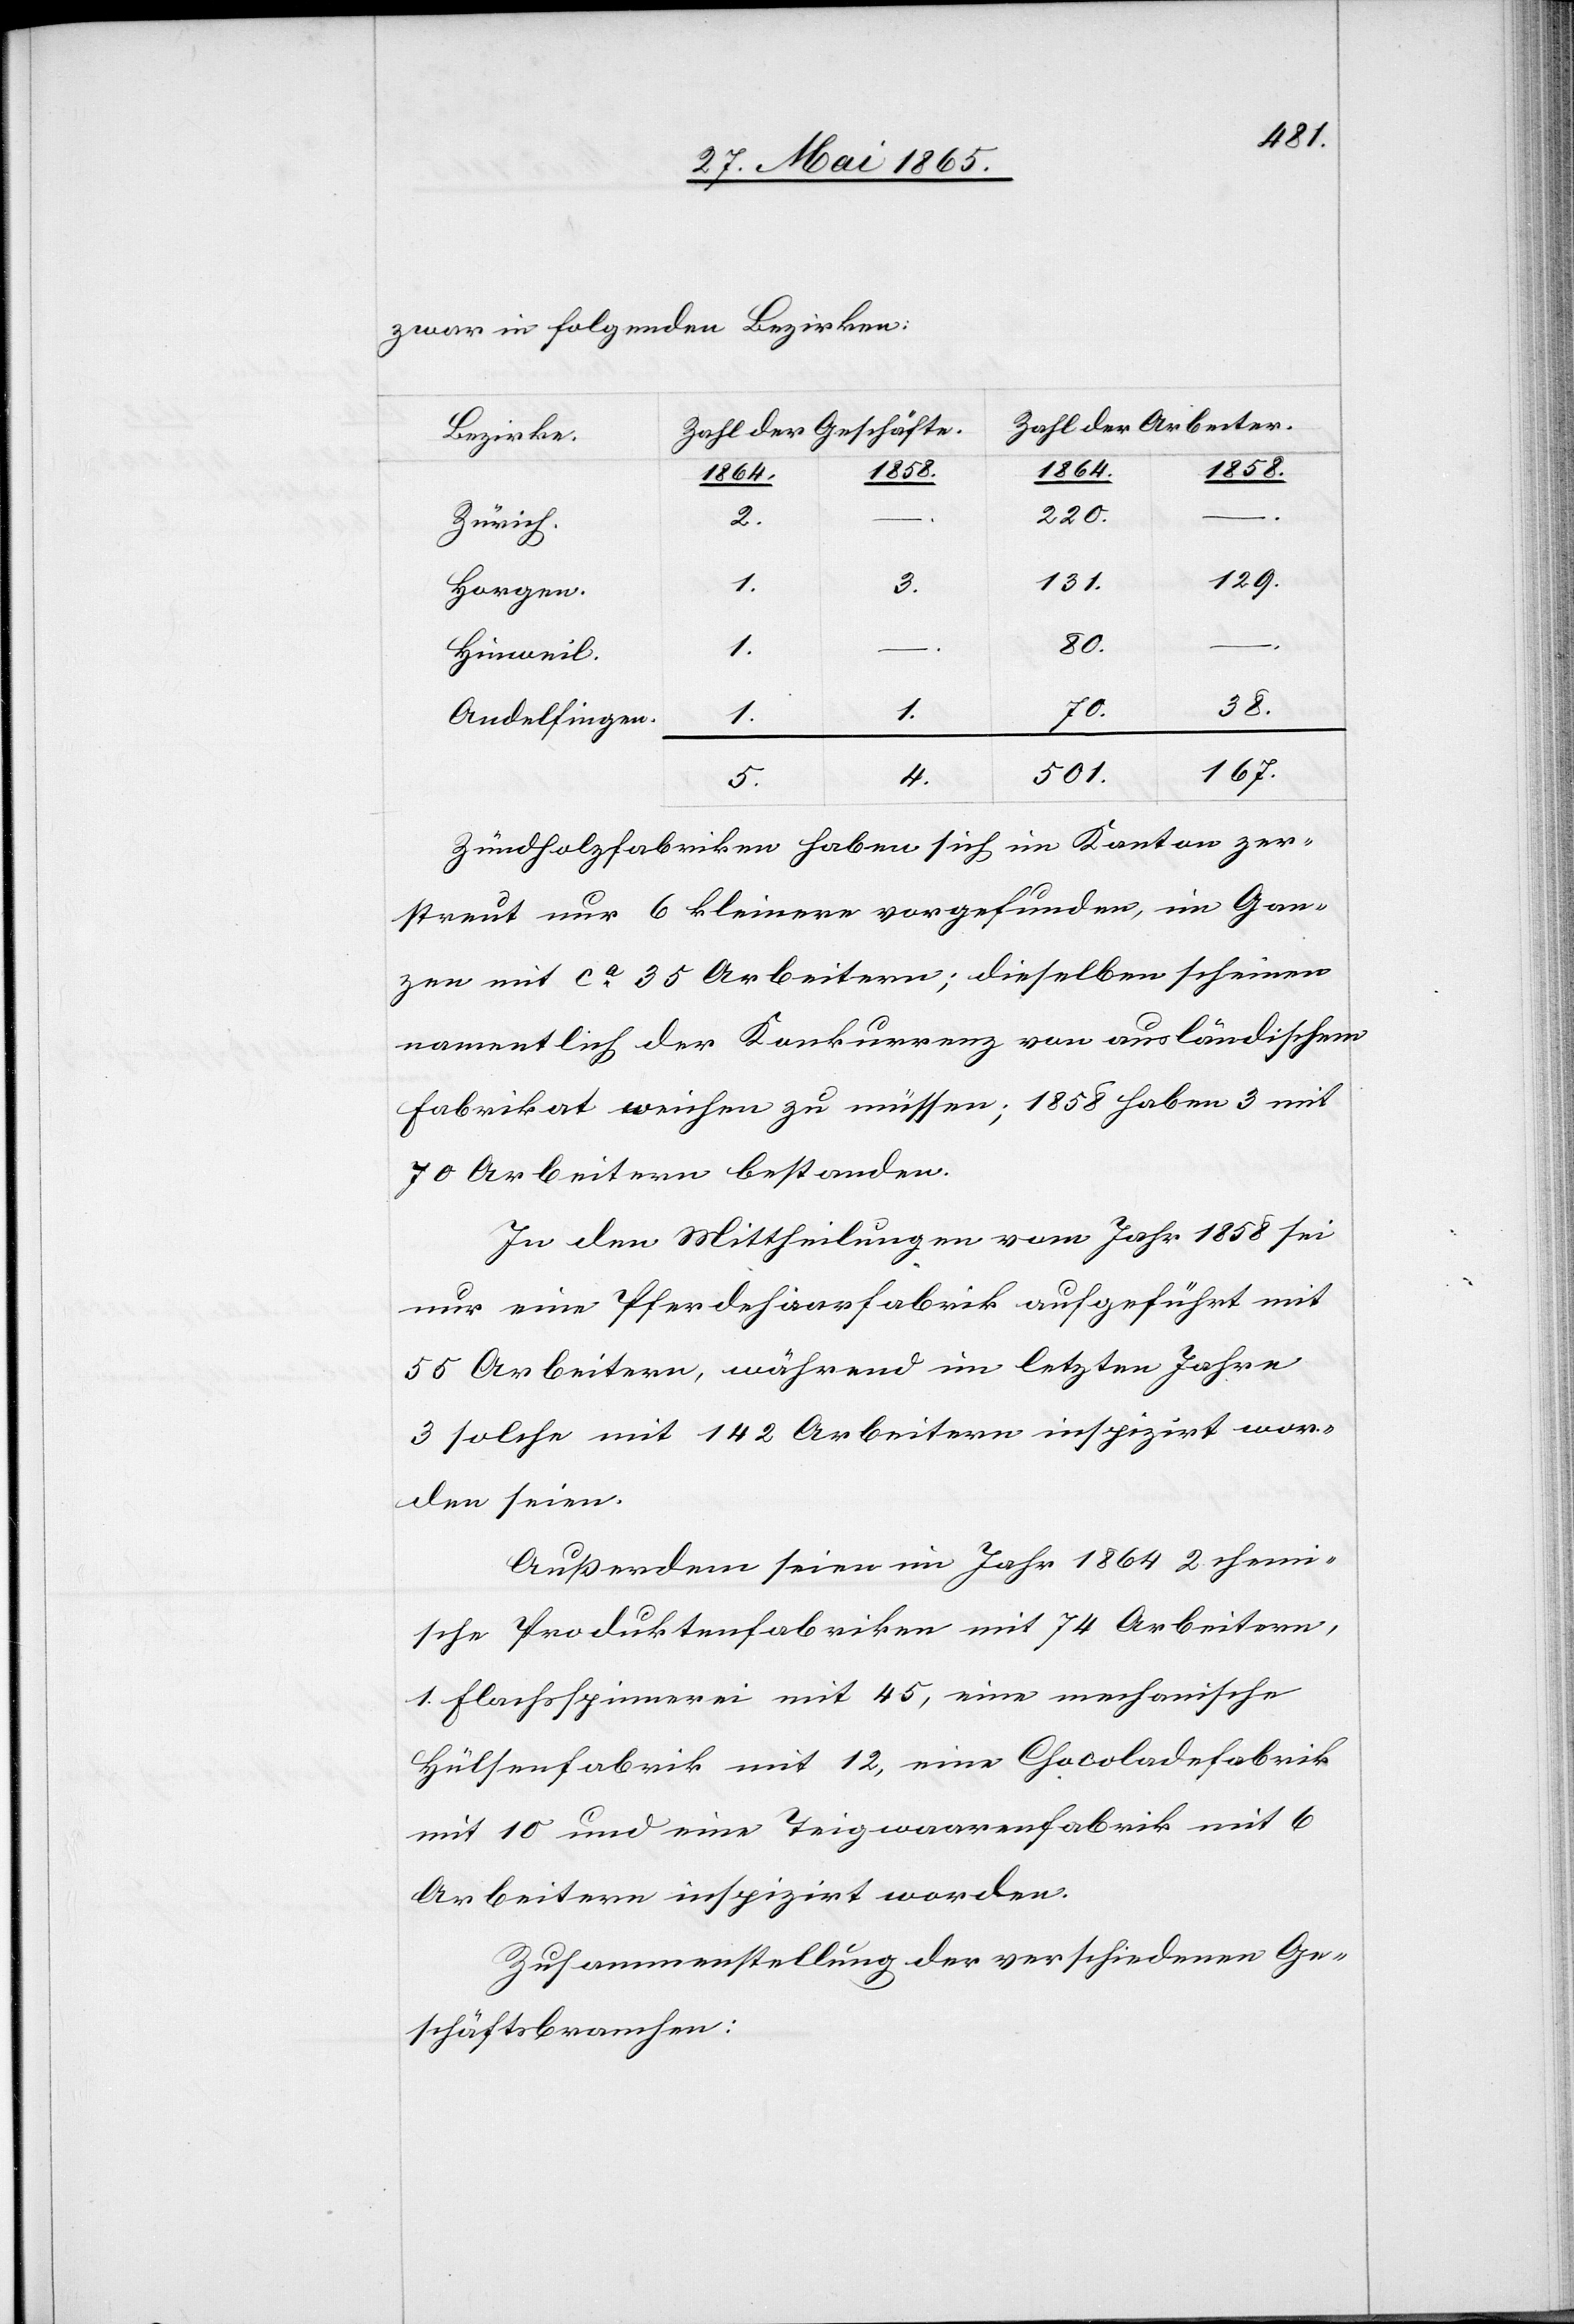
zwar in folgenden Bezirken:
Zahl der Arbeiter.
Zahl der Geschäfte.
Bezirke.
1864.
1858.
220.
2.
Zürich.
129.
131.
1.
3.
Horgen.
1.
Hinweil.
38.
12,
4.
1.
Andelfingen.
167.
501.
Zündholzfabriken haben sich im Kanton zer¬
streut nur 6 kleinere vorgefunden, im Gan¬
zen mit ca 35 Arbeitern; dieselben scheinen
namentlich der Konkurrenz von ausländischem
Fabrikat weichen zu müssen; 1858 haben 3 mit
70 Arbeitern bestanden.
In den Mittheilungen vom Jahr 1858 sei
nur eine Pferdehaarfabrik aufgeführt mit
55 Arbeitern, während im letzten Jahre
3 solche mit 142 Arbeitern inspizirt wor¬
den seien.
Außerdem seien im Jahr 1864 2 chemi¬
sche Produktenfabriken mit 74 Arbeitern,
mit 10 und eine Teigwaarenfabrik mit 6
Arbeitern inspizirt worden.
Zusammenstellung der verschiedenen Ge¬
schäftsbranchen: